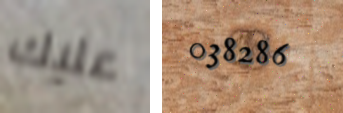
عليك 038286